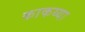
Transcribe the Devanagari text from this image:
काकय्या